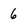
Character: 6